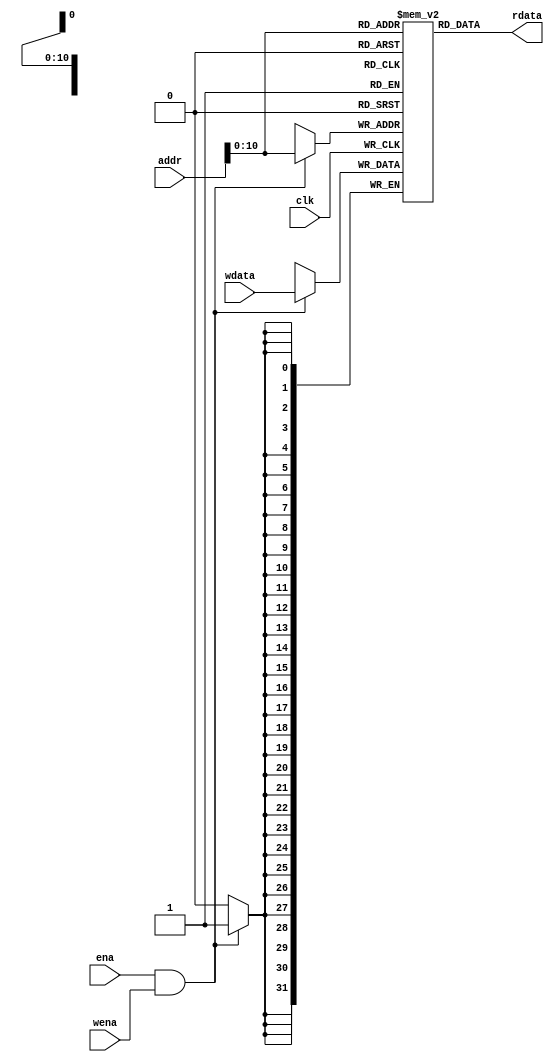
`timescale 1ns / 1ns
module memory(
    input clk,
    input ena,
    input wena,
    input [31:0] addr,
    input [31:0] wdata,
    output [31:0] rdata
);
    reg [31:0] regfiles [0:2047];
    assign rdata = regfiles[addr];
    always@(negedge clk)
    begin
        if(ena&&wena)
        begin
            regfiles[addr] <= wdata;
        end
    end
endmodule